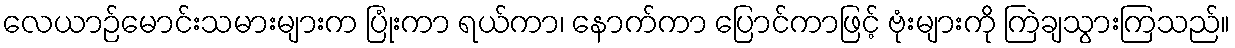
လေယာဉ်မောင်းသမားများက ပြုံးကာ ရယ်ကာ၊ နောက်ကာ ပြောင်ကာဖြင့် ဗုံးများကို ကြဲချသွားကြသည်။